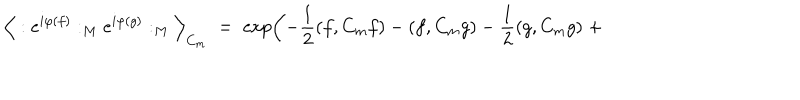
\Big \langle : e ^ { i \varphi ( f ) } : _ { M } e ^ { i \varphi ( g ) } : _ { M } \Big \rangle _ { C _ { m } } \; = \; \exp \left( - \frac { 1 } { 2 } ( f , C _ { m } f ) - ( f , C _ { m } g ) - \frac { 1 } { 2 } ( g , C _ { m } g ) \; + \right.